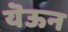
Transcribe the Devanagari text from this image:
यॆऊन